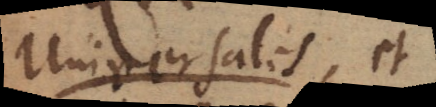
Universales, et